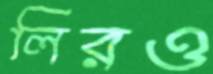
লিরও